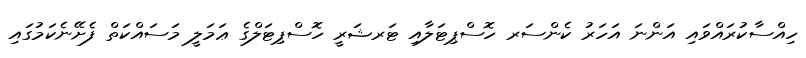
ހިއްސާކުރައްވައި އަންނަ އަހަރު ކެންސަރ ހޮސްޕިޓަލާއި ޓަރޝަރީ ހޮސްޕިޓަލްގެ ޢަމަލީ މަސައްކަތް ފެށޭނެކަމުގައި